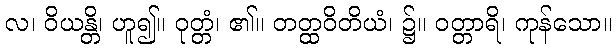
လ၊ ဝိယန္တိ၊ ဟူ၍။ ဝုတ္တံ၊ ၏။ တတ္ထဝိတိယံ၊ ၌။ ဝတ္တာရိ၊ ကုန်သော။